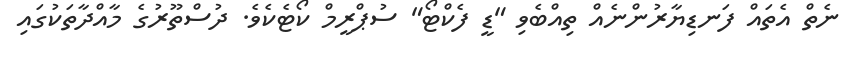
ނެތް އެތައް ފަނޑިޔާރުންނެއް ތިއްބެވި "ޑީ ފެކްޓޯ" ސުޕްރީމް ކޯޓެކެވެ. ދުސްތޫރުގެ މާއްދާތަކުގައި